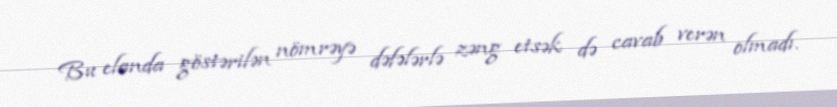
Bu elanda göstərilən nömrəyə dəfələrlə zəng etsək də cavab verən olmadı.